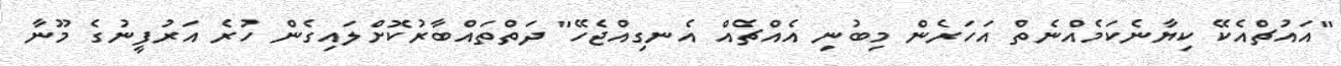
"އައުޗްއެކޭ ކިޔާނެކަމެއްނެތް އަހަރެން މިބުނި އެއްޗެއް އެނގިއްޖެހޭ" ދަތްތައްބާރުކޮށްލައިގެން ހުރެ އަރުފީނުގެ މޫނާ